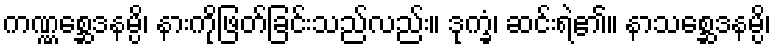
ကဏ္ဏစ္ဆေဒနမ္ပိ၊ နားကိုဖြတ်ခြင်းသည်လည်း။ ဒုက္ခံ၊ ဆင်းရဲ၏။ နာသစ္ဆေဒနမ္ပိ၊